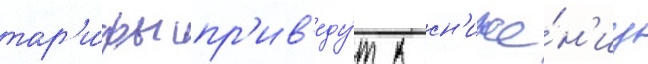
тар'и́фы пр'ив'еду́т к сн'иже́н'иу